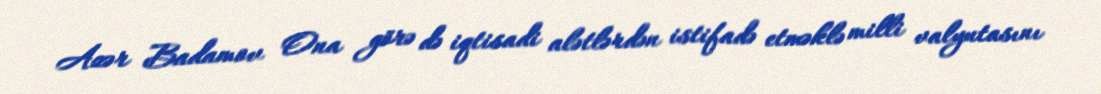
Azər Badamov Ona görə də iqtisadi alətlərdən istifadə etməklə milli valyutasını